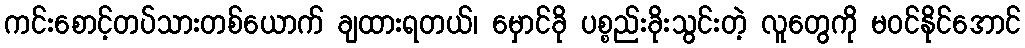
ကင်းစောင့်တပ်သားတစ်ယောက် ချထားရတယ်၊ မှောင်ခို ပစ္စည်းခိုးသွင်းတဲ့ လူတွေကို မဝင်နိုင်အောင်